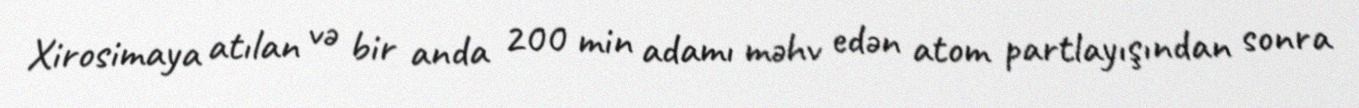
Xirosimaya atılan və bir anda 200 min adamı məhv edən atom partlayışından sonra